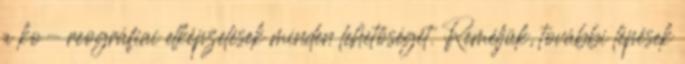
a ko- reográfiai elképzelések minden lehetőségét. Reméljük, további lépések